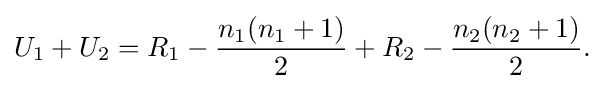
U_{1}+U_{2}=R_{1}-{n_{1}(n_{1}+1) \over 2}+R_{2}-{n_{2}(n_{2}+1) \over 2}.\,\!